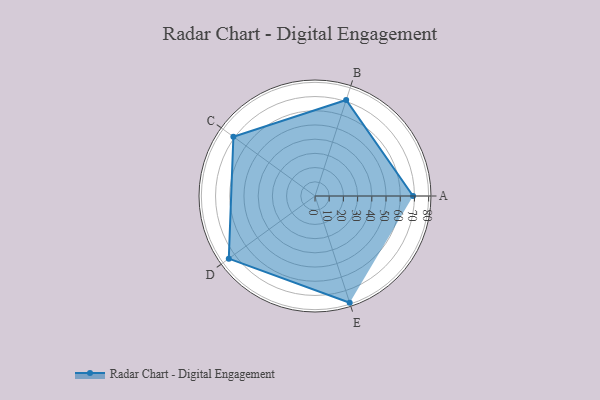
{"axis": {"x": "Skill", "y": "Score"}, "legend": ["Profile"], "data": [{"x": "A", "y": 69.0, "type": "Profile"}, {"x": "B", "y": 71.0, "type": "Profile"}, {"x": "C", "y": 71.0, "type": "Profile"}, {"x": "D", "y": 75.0, "type": "Profile"}, {"x": "E", "y": 79.0, "type": "Profile"}]}